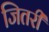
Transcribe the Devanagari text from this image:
जितरी